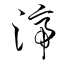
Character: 渧